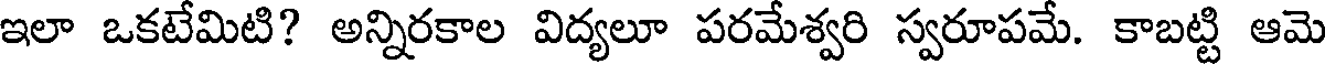
ఇలా ఒకటేమిటి? అన్నిరకాల విద్యలూ పరమేశ్వరి స్వరూపమే. కాబట్టి ఆమె